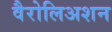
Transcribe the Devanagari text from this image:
वैरोलिअशन